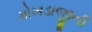
મોખડાજીની